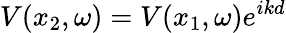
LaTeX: V(x_{2},\omega)=V(x_{1},\omega)e^{ikd}